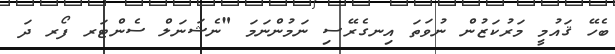
ބެހޭ ޤައުމީ މަރުކަޒުން ނުވަތަ އިނގެރޭސި ނަަމުންނަމަ "ނެޝަނަލް ސެންޓަރ ފޯރ ދަ